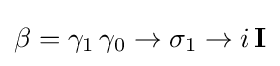
\beta =\gamma _{1}\,\gamma _{0}\rightarrow \sigma _{1}\rightarrow i\,{\textbf {I}}